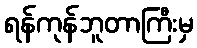
ရန်ကုန်ဘူတာကြီးမှ